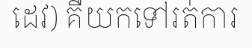
ដេវ) គឺយកទៅរត់ការ